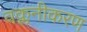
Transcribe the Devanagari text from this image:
वक्लनीकरण